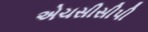
એચસીસીપી